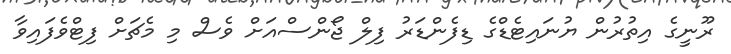
ރޫނީގެ އިތުރުން ޔުނައިޓެޑްގެ ޑިފެންޑަރު ފިލް ޖޯންސްއަށް ވެސް މި މެޗަށް ފިޓްވެފައިވާ